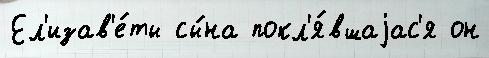
Ел'изав'е́ты сы́на покл'я́вшаjас'я он